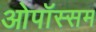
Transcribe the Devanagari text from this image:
ओपॉस्सम